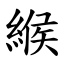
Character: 緱